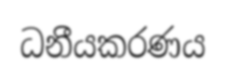
ධනීයකරණය